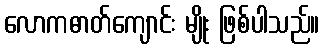
လောကဓာတ်ကျောင်း မျိုး ဖြစ်ပါသည်။